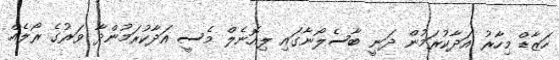
ހަޒާޑް މިހާރު އަދާކުރަމުން ދަނީ ބާސެލޯނާގައި ލިއޮނެލް މެސީ އަދާކުރަމުންދާ ވަރުގެ ރޯލެއް